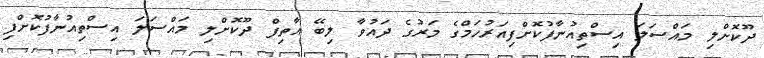
ދޫކޮށްލި މައްސަލަ އިސްތިއުނާފުކޮށްފިއަރުހަމްގެ މަރުގެ ދައުވާ ލިބޭ އާތިފް ދޫކޮށްލި މައްސަލަ އިސްތިއުނާފުކޮށްފި